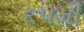
૬૫મી